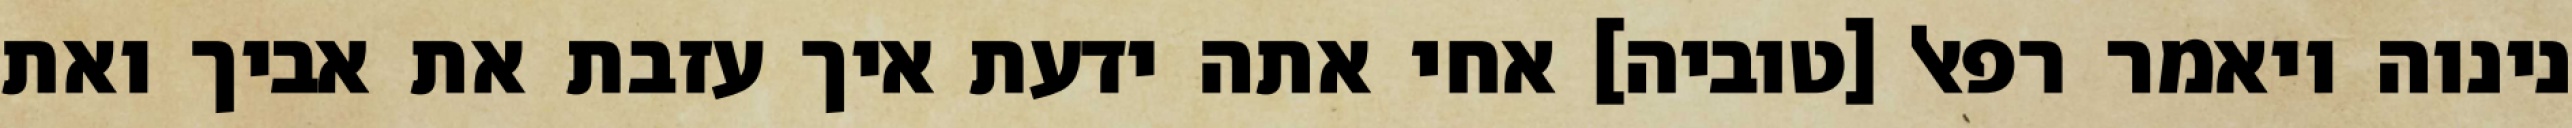
נינוה ויאמר רפאל [טוביה] אחי אתה ידעת איך עזבת את אביך ואת